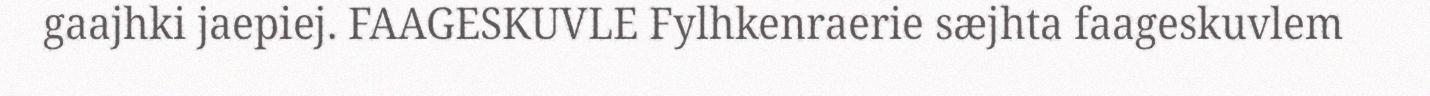
gaajhki jaepiej. FAAGESKUVLE Fylhkenraerie sæjhta faageskuvlem